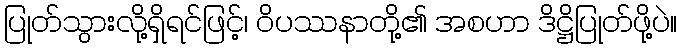
ပြုတ်သွားလို့ရှိရင်ဖြင့်၊ ဝိပဿနာတို့၏ အစဟာ ဒိဋ္ဌိပြုတ်ဖို့ပဲ။